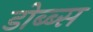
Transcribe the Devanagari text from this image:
डोब्ब्स